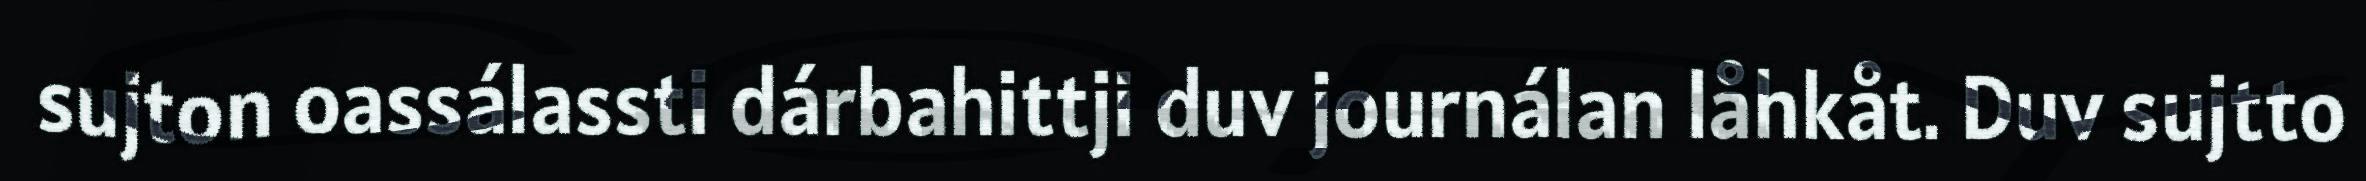
sujton oassálassti dárbahittji duv journálan låhkåt. Duv sujtto